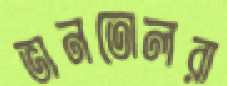
ভানতোলরা